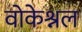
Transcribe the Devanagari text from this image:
वोकेश्नल